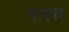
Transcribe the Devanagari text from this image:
पलात